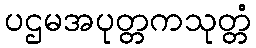
ပဌမအပုတ္တကသုတ္တံ